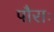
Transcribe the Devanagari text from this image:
पौराः